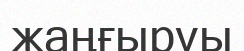
жаңғыруы